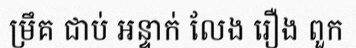
ម្រឹគ ជាប់ អន្ទាក់ លែង រឿង ពួក